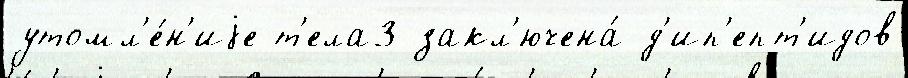
утомл'е́н'иjе т'ела3 закл'ючена́ д'ип'епт'идов